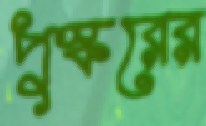
পুস্করের